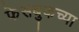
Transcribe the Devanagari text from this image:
फेसबुकच्या